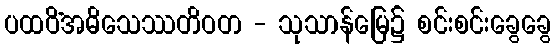
ပထဝိံအဓိသေဿတိဝတ - သုသာန်မြေ၌ စင်းစင်းခွေခွေ